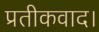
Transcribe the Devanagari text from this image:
प्रतीकवाद।